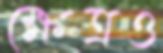
ক্ষেত্রও